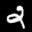
Label: 2